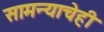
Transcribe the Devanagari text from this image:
सामन्याचेही